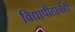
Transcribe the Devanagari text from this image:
विद्यापीठाचेही